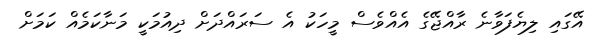
އޭގައި ލިޔެފަވާނެ ރާއްޖޭގެ އެއްވެސް މީހަކު އެ ސަރައްދަށް ދިއުމަކީ މަނާކަމެއް ކަމަށް